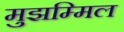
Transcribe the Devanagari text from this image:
मुझम्मिल